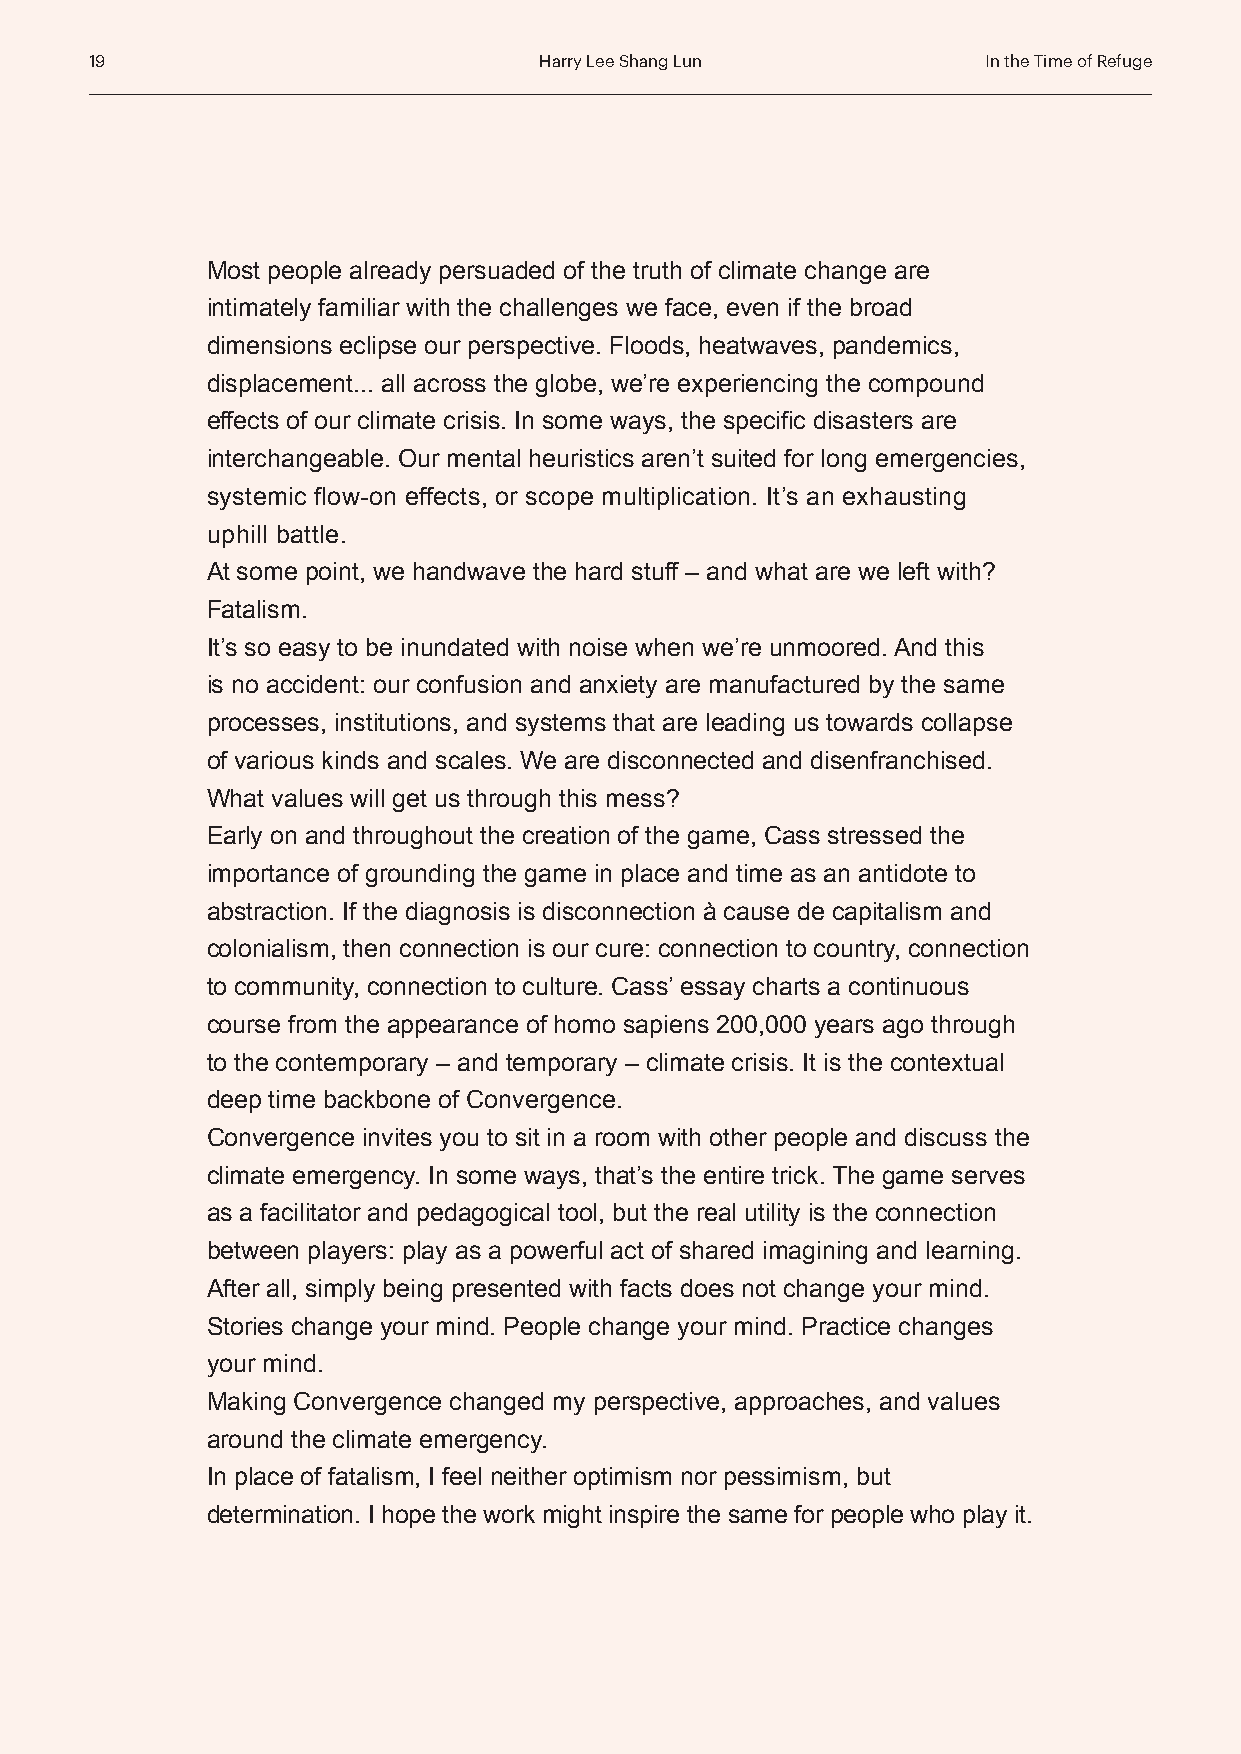
19                            Harry Lee Shang Lun          In the Time of Refuge
 Most people already persuaded of the truth of climate change are
 intimately familiar with the challenges we face, even if the broad
 dimensions eclipse our perspective. Floods, heatwaves, pandemics,
 displacement... all across the globe, we’re experiencing the compound
 effects of our climate crisis. In some ways, the specific disasters are
 interchangeable. Our mental heuristics aren’t suited for long emergencies,
 systemic flow-on effects, or scope multiplication. It’s an exhausting
 uphill battle.
 At some point, we handwave the hard stuff – and what are we left with?
 Fatalism.
 It’s so easy to be inundated with noise when we’re unmoored. And this
 is no accident: our confusion and anxiety are manufactured by the same
 processes, institutions, and systems that are leading us towards collapse
 of various kinds and scales. We are disconnected and disenfranchised.
 What values will get us through this mess?
 Early on and throughout the creation of the game, Cass stressed the
 importance of grounding the game in place and time as an antidote to
 abstraction. If the diagnosis is disconnection à cause de capitalism and
 colonialism, then connection is our cure: connection to country, connection
 to community, connection to culture. Cass’ essay charts a continuous
 course from the appearance of homo sapiens 200,000 years ago through
 to the contemporary – and temporary – climate crisis. It is the contextual
 deep time backbone of Convergence.
 Convergence invites you to sit in a room with other people and discuss the
 climate emergency. In some ways, that’s the entire trick. The game serves
 as a facilitator and pedagogical tool, but the real utility is the connection
 between players: play as a powerful act of shared imagining and learning.
 After all, simply being presented with facts does not change your mind.
 Stories change your mind. People change your mind. Practice changes
 your mind.
 Making Convergence changed my perspective, approaches, and values
 around the climate emergency.
 In place of fatalism, I feel neither optimism nor pessimism, but
 determination. I hope the work might inspire the same for people who play it.